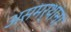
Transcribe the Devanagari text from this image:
असमर्थांना